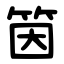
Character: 筃